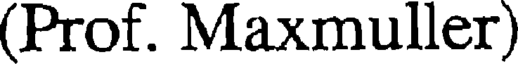
(Prof. Maxmuller)